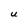
Character: U